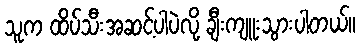
သူက ထိပ်သီးအဆင့်ပါပဲလို့ ချီးကျူးသွားပါတယ်။